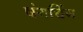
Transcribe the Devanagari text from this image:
षंगचिंग